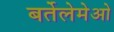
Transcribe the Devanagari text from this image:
बर्तेलेमेओ